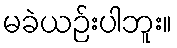
မခဲယဉ်းပါဘူး။